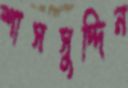
শাসসুদ্দিন